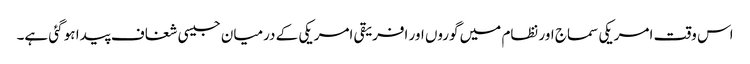
اس وقت امریکی سماج اور نظام میں گوروں اور افریقی امریکی کے درمیان جیسی شغاف پیدا ہو گئی ہے۔